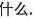
什么。